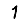
Digit: 1